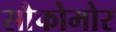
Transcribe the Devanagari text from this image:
सौफोमोर